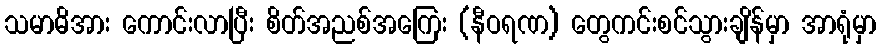
သမာဓိအား ကောင်းလာပြီး စိတ်အညစ်အကြေး (နီဝရဏ) တွေကင်းစင်သွားချိန်မှာ အာရုံမှာ